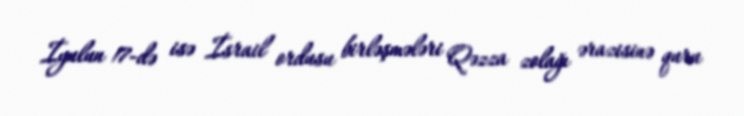
İyulun 17-də isə İsrail ordusu birləşmələri Qəzza zolağı ərazisinə quru